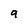
Character: 9